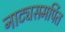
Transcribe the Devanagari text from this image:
नाट्यसमर्पित